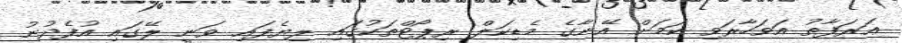
ޢަރަފާތު އަވަހާރަވި ކަމަށް އޭނާގެ މެޑިކަލް ރިޕޯޓްތަކުގައި ލިޔެފައި ވަނީ ލޭގައި އުފެދުނު